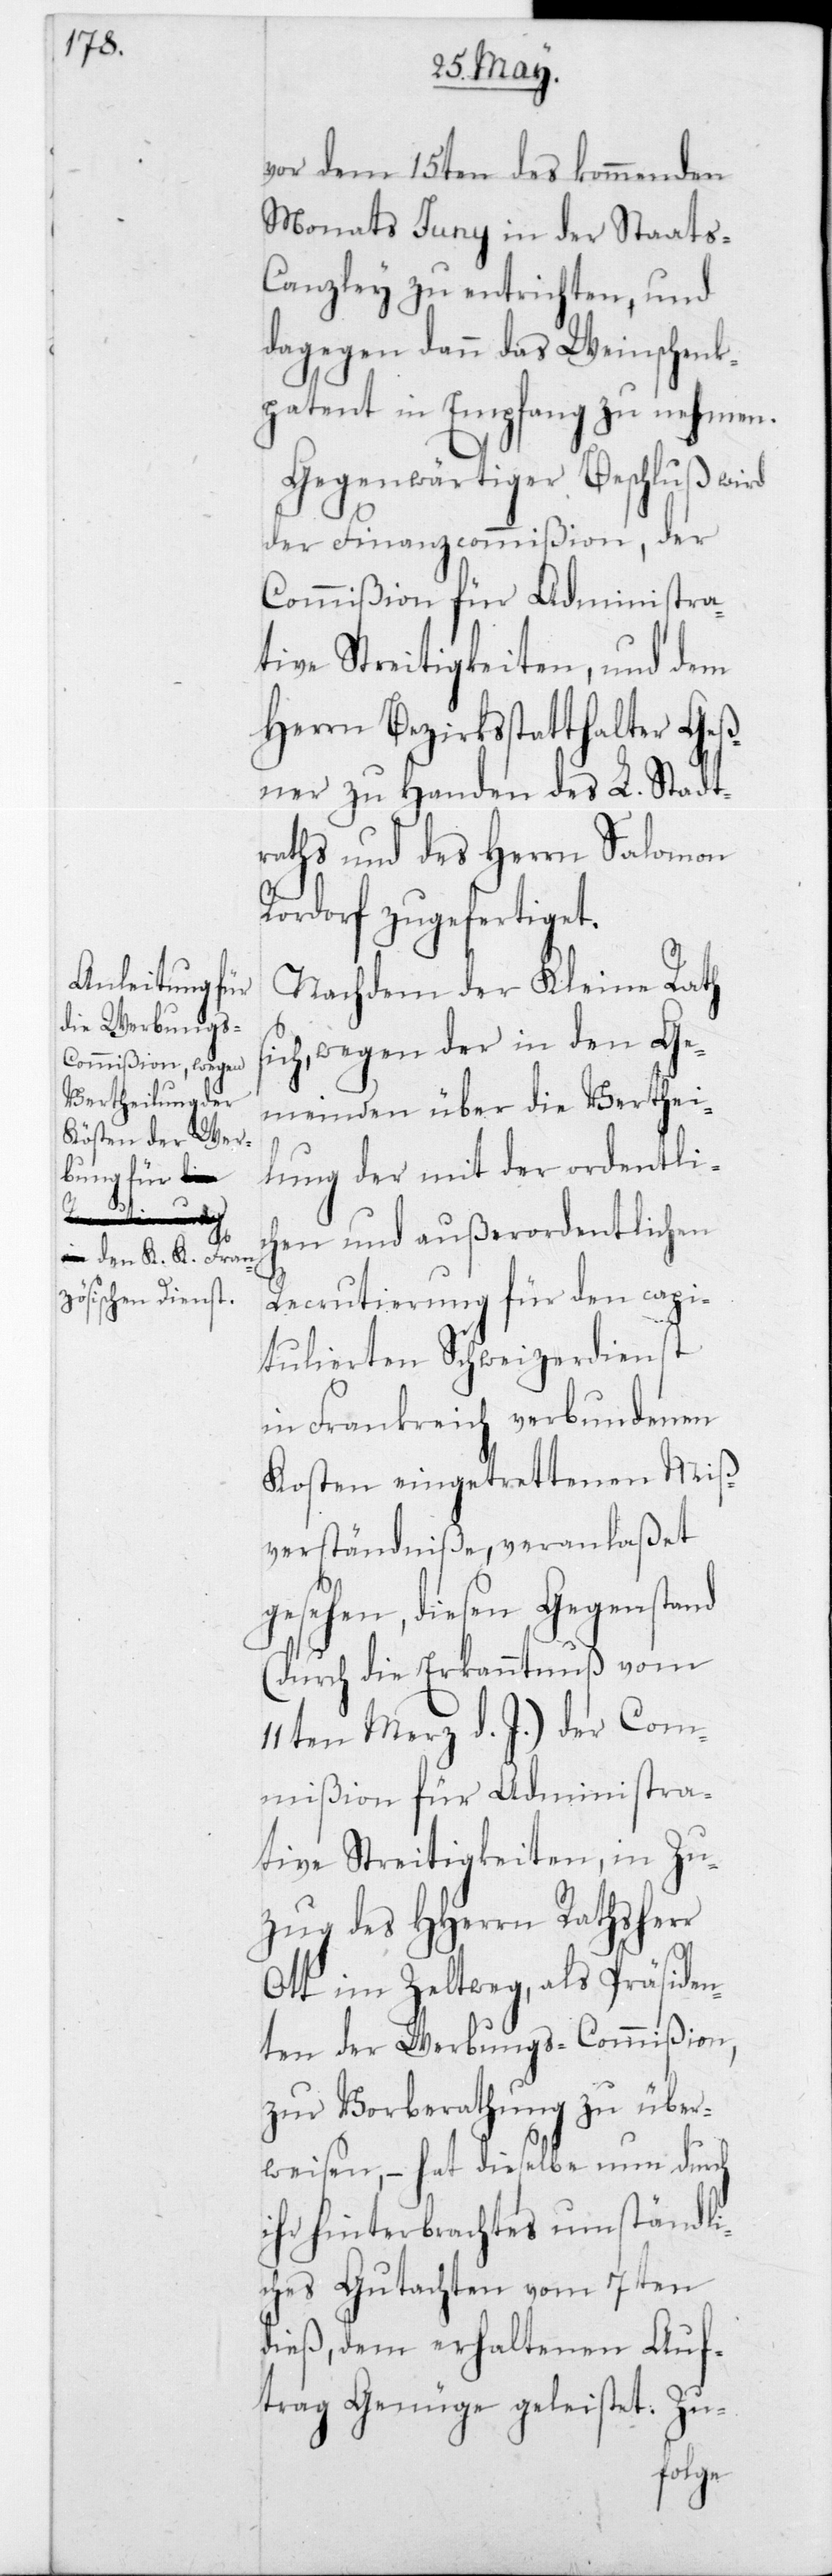
si¬

vor dem 15ten des kommenden
Monats Junii in der Staats-C¬
anzley zu entrichten, und
dagegen dann das Weinschenk¬
patent in Empfang zu nehmen.
Gegenwärtiger Beschluß wird
der Finanzcommißion, der
Commißion für Administra¬
tive Streitigkeiten, und dem
Herrn Bezirksstatthalter Geß¬
ner zu Handen des L. Stadt¬
raths und des Herrn Salomon
Rordorf zugefertiget.
Nachdem der Kleine Rath
ch, wegen der in den Ge¬
meinden über die Verthei¬
lung der mit der ordentli¬
chen und außerordentlichen
Recrutierung für den capi¬
tulierten Schweizerdienst
in Frankreich verbundenen
Kosten eingetrettenen Miß¬
verständniße, veranlaßet
gesehen, diesen Gegenstand
(durch die Erkanntnuß vom
11ten Merz d. J.) der Com¬
mißion für Administra¬
tive Streitigkeiten, in Zu¬
zug des HHerrn Rathsherr
Ott im Zeltweg, als Präsiden¬
ten der Werbungs-Commißion,
zur Vorberathung zu über¬
weisen, – hat dieselbe nun durch
ihr hinterbrachtes umständli¬
ches Gutachten vom 7ten
dieß, dem erhaltenen Auf¬
trag Genüge geleistet. Zu-